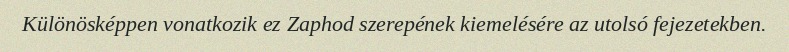
Különösképpen vonatkozik ez Zaphod szerepének kiemelésére az utolsó fejezetekben.